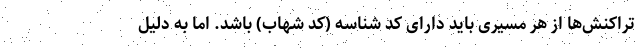
تراکنش‌ها از هر مسیری باید دارای کد شناسه (کد شهاب) باشد. اما به دلیل